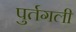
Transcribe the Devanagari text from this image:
पुर्तगली